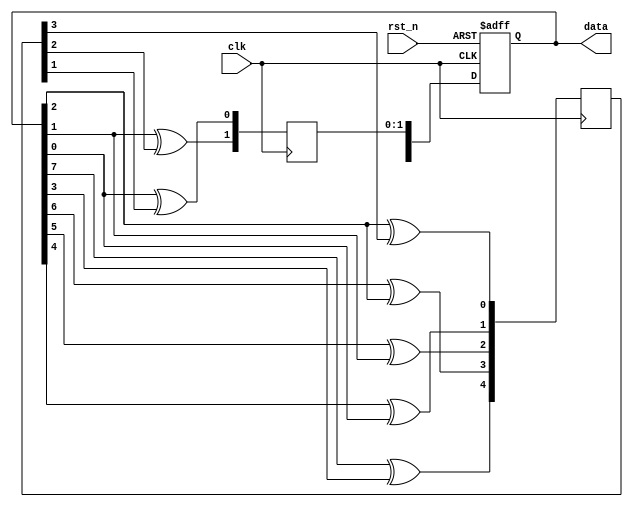
module random(input clk, input rst_n, output reg [7:0] data);

reg [7:0] data_next;

always @(posedge clk) begin
  data_next[7] <= data[7]^data[3];
  data_next[6] <= data[6]^data[2];
  data_next[5] <= data[5]^data[1];
  data_next[4] <= data[4]^data[0];
  data_next[3] <= data[3]^data_next[7];
  data_next[3] <= data[2]^data_next[6];
  data_next[1] <= data[1]^data_next[5];
  data_next[0] <= data[0]^data_next[4];
end

always @(posedge clk or negedge rst_n)
  if(!rst_n)
    data <= 7'h1f;
  else
    data <= data_next;

endmodule